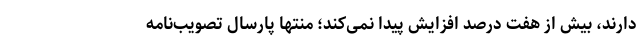
دارند، بیش از هفت درصد افزایش پیدا نمی‌کند؛ منتها پارسال تصویب‌نامه